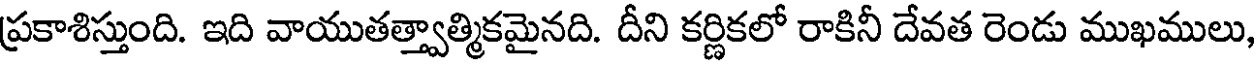
ప్రకాశిస్తుంది. ఇది వాయుతత్త్వాత్మికమైనది. దీని కర్ణికలో రాకినీ దేవత రెండు ముఖములు,